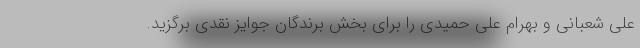
علی شعبانی و بهرام علی حمیدی را برای بخش برندگان جوایز نقدی برگزید.